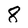
Character: 8